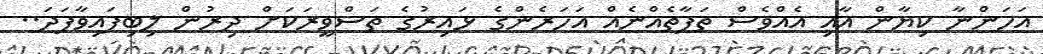
އަހަންނާ ކިޔާން އާއި އެއްވެސް ތަފާތެއްނެއް އަހަރެންގެ ޅައިރުގެ ތަސްވީރަކަށް ދިރުން ލިބިފައިވާފަދަ..